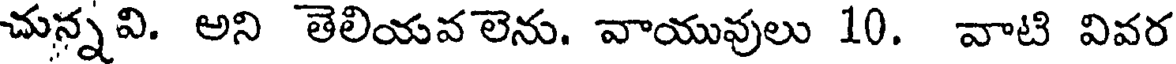
చున్నవి. అని తెలియవ లెను. వాయువులు 10. వాటి వివర